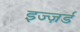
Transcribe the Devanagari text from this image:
इज्ज़र्ड